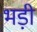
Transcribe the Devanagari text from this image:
भड़ी